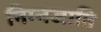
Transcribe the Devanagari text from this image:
निम्नजाति